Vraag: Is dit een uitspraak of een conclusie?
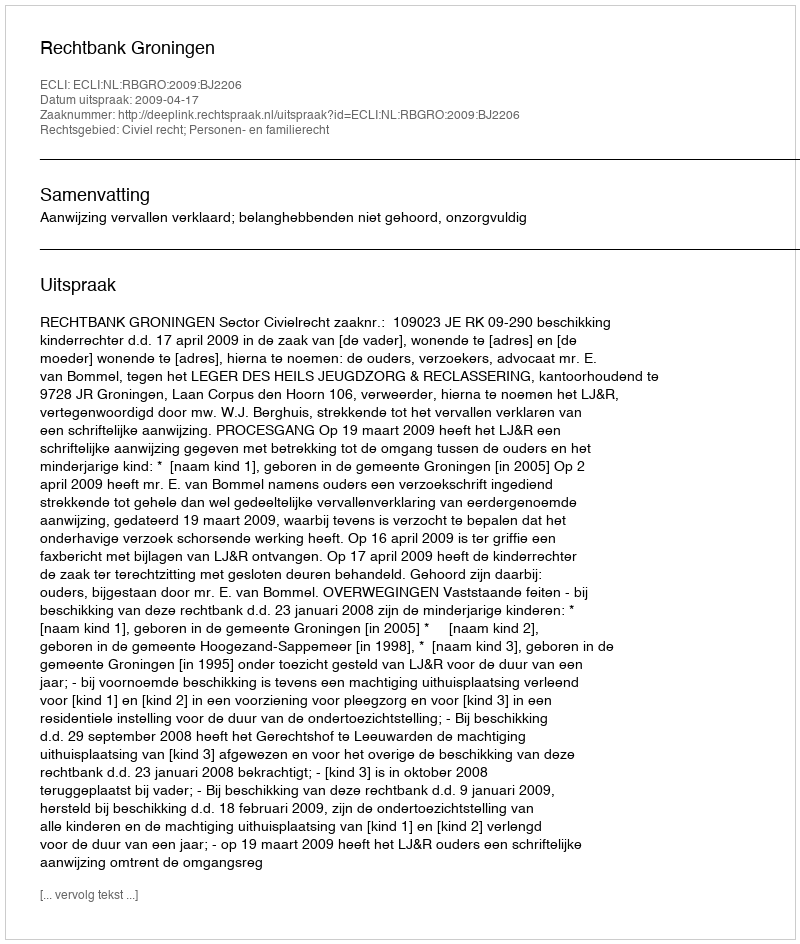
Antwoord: Uitspraak